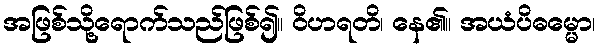
အဖြစ်သို့ရောက်သည်ဖြစ်၍။ ဝိဟရတိ၊ နေ၏။ အယံပိဓမ္မော၊